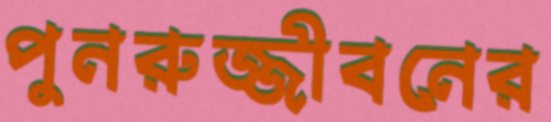
পুনরুজ্জীবনের